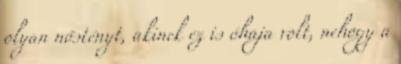
olyan nőstényt, akinek ez is óhaja volt, nehogy a